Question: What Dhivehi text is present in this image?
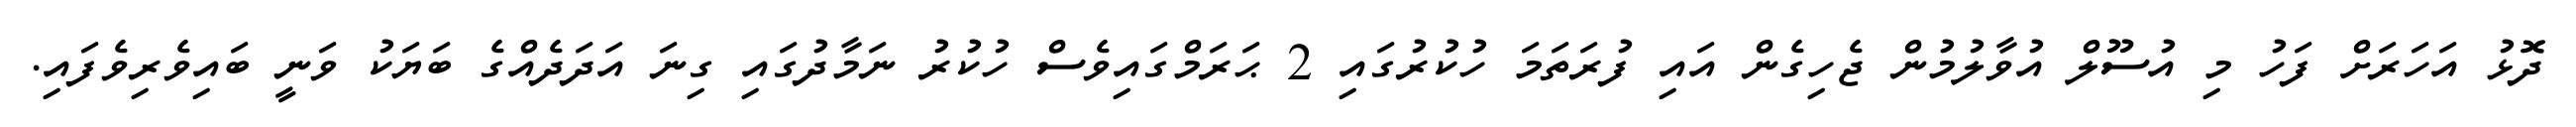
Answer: ދޮޅު އަހަރަށް ފަހު މި އުސޫލް އުވާލުމުން ޖެހިގެން އައި ފުރަތަމަ ހުކުރުގައި 2 ޙަރަމްގައިވެސް ހުކުރު ނަމާދުގައި ގިނަ އަދަދެއްގެ ބަޔަކު ވަނީ ބައިވެރިވެފައި.